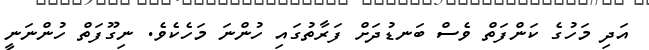
އަދި މަހުގެ ކަންފަތް ވެސް ބަނޑުދަށް ފަރާތުގައި ހުންނަ މަހެކެވެ. ނިގޫފަތް ހުންނަނީ